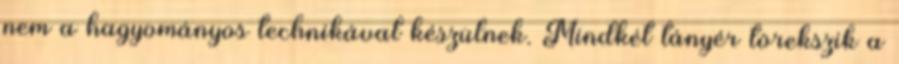
nem a hagyományos technikával készülnek. Mindkét tányér törekszik a